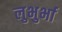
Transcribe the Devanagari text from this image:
लुभुर्भा